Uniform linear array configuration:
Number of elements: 4
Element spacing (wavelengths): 0.75
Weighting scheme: blackman
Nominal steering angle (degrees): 0
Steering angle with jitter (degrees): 0.9916
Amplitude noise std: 0.05
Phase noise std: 0.05

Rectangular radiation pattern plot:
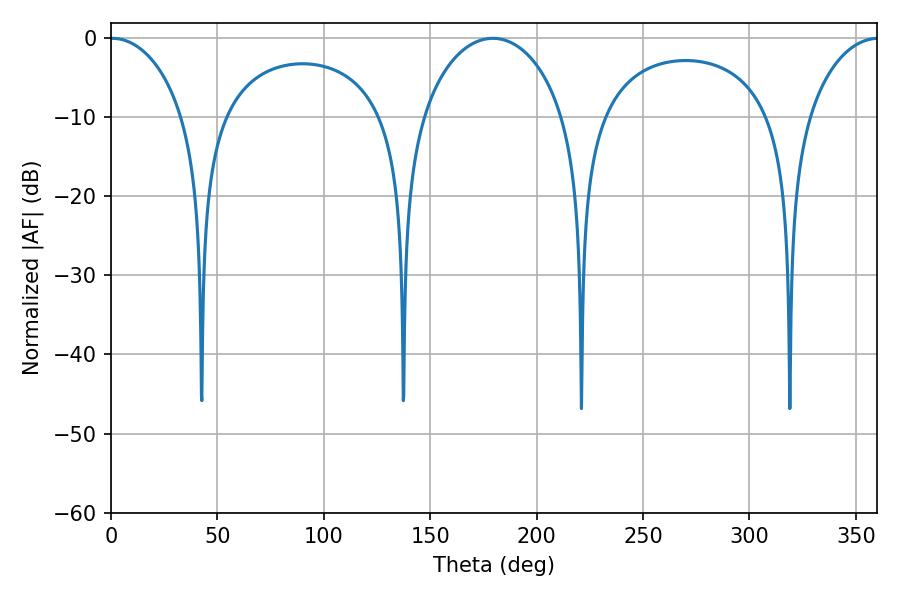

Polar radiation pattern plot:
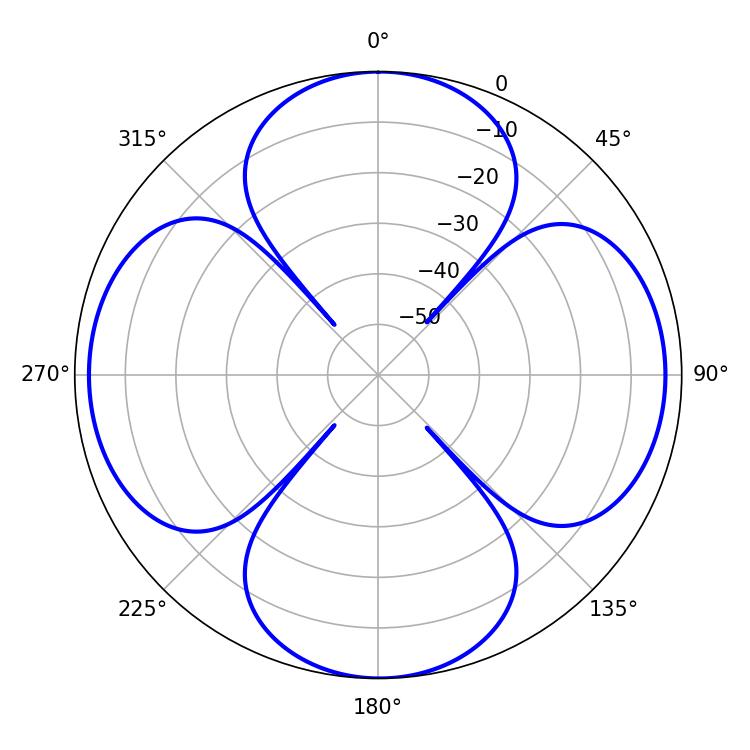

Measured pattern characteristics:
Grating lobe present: TRUE
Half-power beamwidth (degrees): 19.98
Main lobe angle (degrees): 0.54